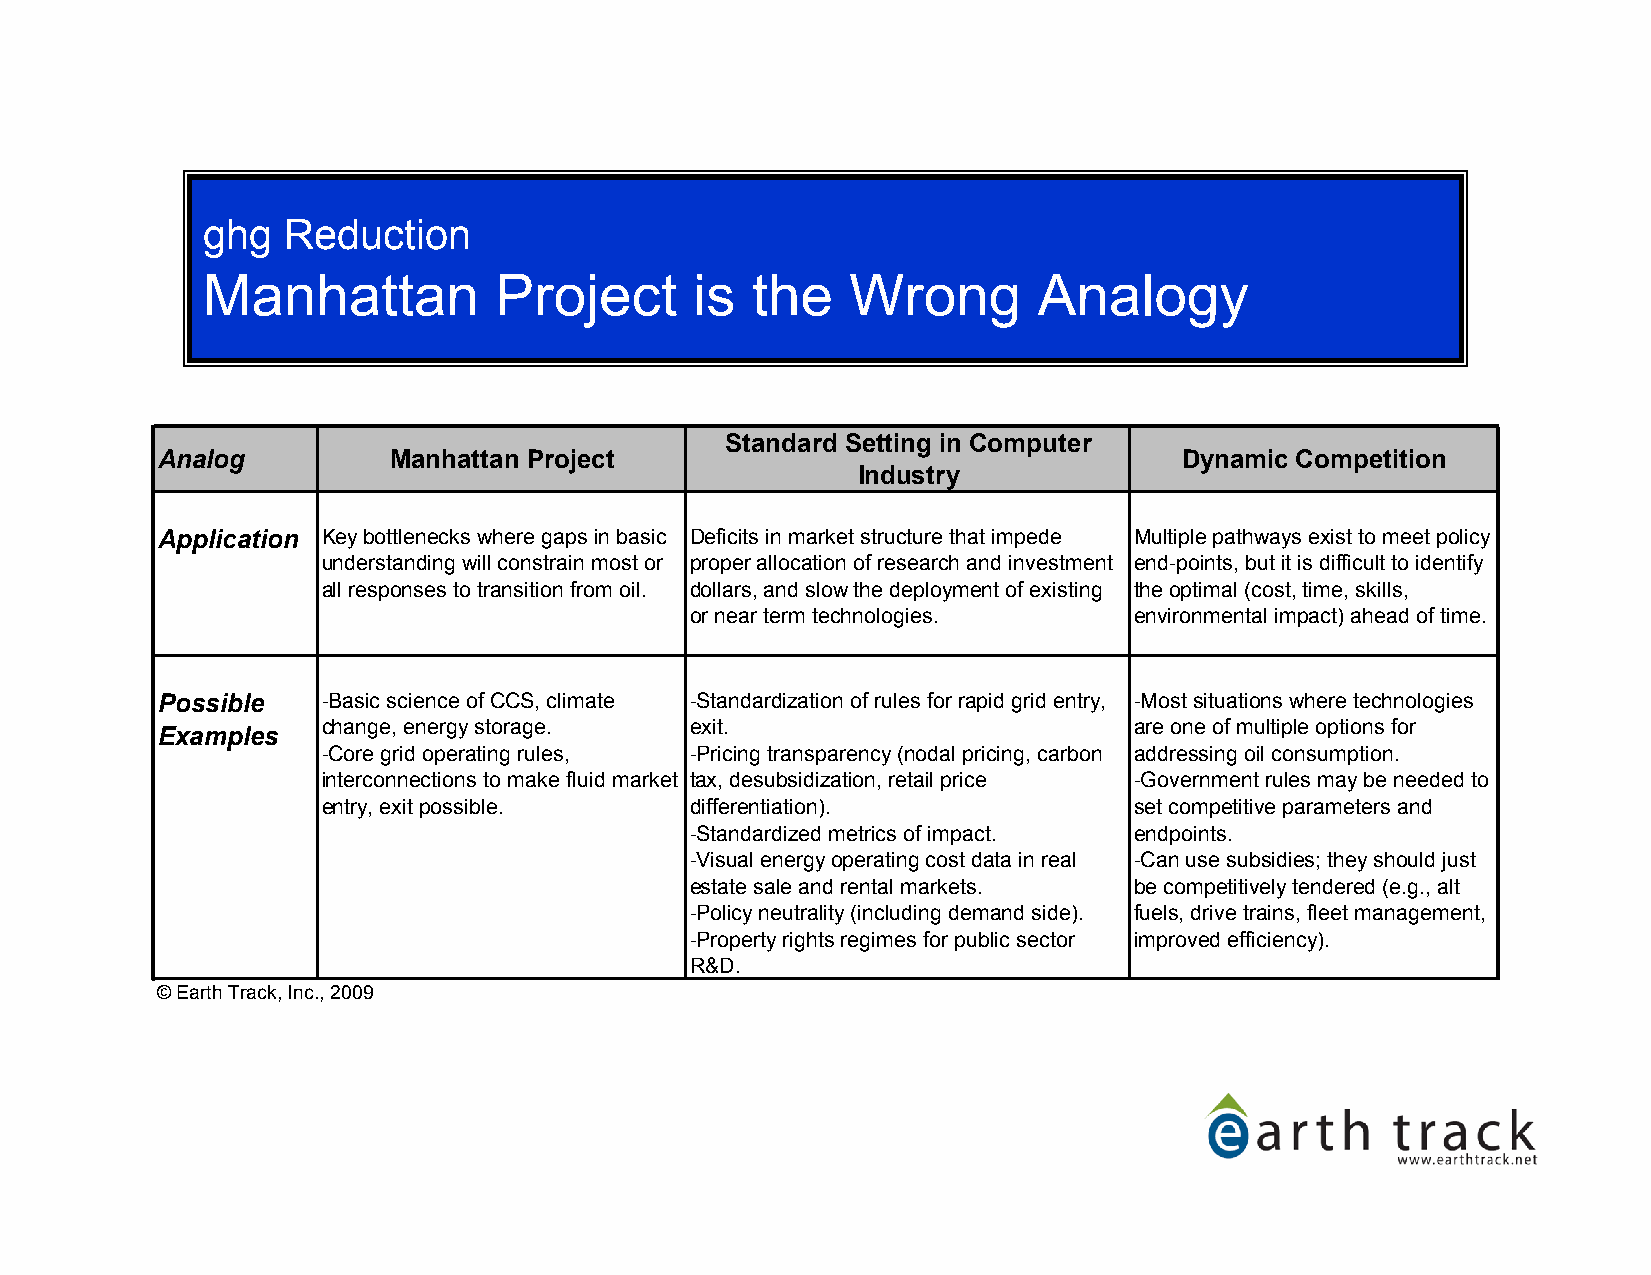
ghg   Reduction
 Manhattan           Project      is  the   Wrong        Analogy
 Standard Setting in Computer
 Analog          Manhattan Project                                   Dynamic Competition
 Industry
 Application Key bottlenecks where gaps in basic Deficits in market structure that impede Multiple pathways exist to meet policy
 understanding will constrain most or proper allocation of research and investment end-points, but it is difficult to identify
 all responses to transition from oil. dollars, and slow the deployment of existing the optimal (cost, time, skills,
 or near term technologies.   environmental impact) ahead of time.
 Possible   -Basic science of CCS, climate -Standardization of rules for rapid grid entry, -Most situations where technologies
 change, energy storage.  exit.                        are one of multiple options for
 Examples
 -Core grid operating rules, -Pricing transparency (nodal pricing, carbon addressing oil consumption.
 interconnections to make fluid market tax, desubsidization, retail price -Government rules may be needed to
 entry, exit possible.    differentiation).            set competitive parameters and
 -Standardized metrics of impact. endpoints.
 -Visual energy operating cost data in real -Can use subsidies; they should just
 estate sale and rental markets. be competitively tendered (e.g., alt
 -Policy neutrality (including demand side). fuels, drive trains, fleet management,
 -Property rights regimes for public sector improved efficiency).
 R&D.
 © Earth Track, Inc., 2009